Plague in India, 1896, 1897 - Volume 3
Year: 1896
Disease focus: Plague
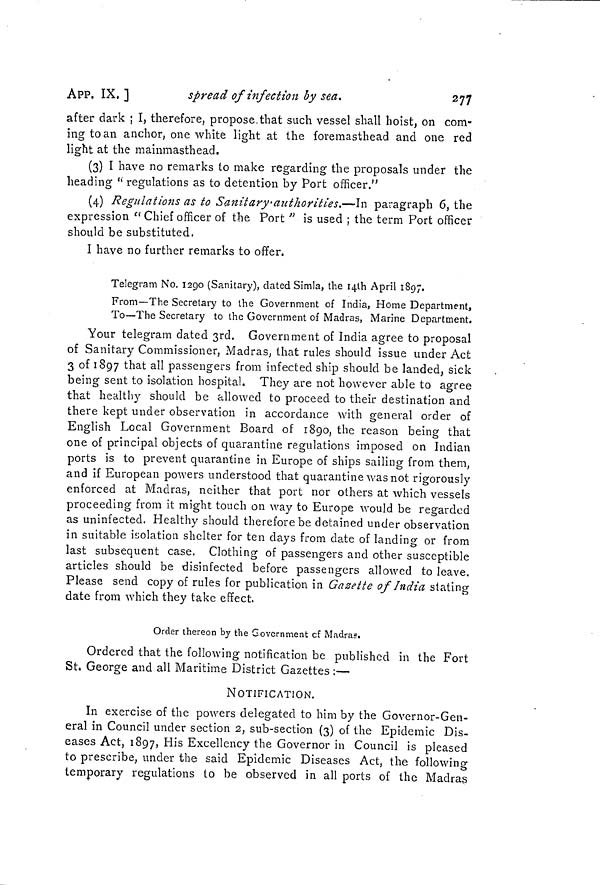
APP. IX.]
spread of infection ly sea.
277
after dark ; I, therefore, propose.that such vessel shall hoist, on com-
ing to an anchor, one white light at the foremasthead and one red
light at the mainmasthead.
(3) I have no remarks to make regarding the proposals under the
heading " regulations as to detention by Port officer."
(4) Regulations as to Sanitary authorities.—In paragraph 6, the
expression " Chief officer of the Port " is used ; the term Port officer
should be substituted.
I have no further remarks to offer.
Telegram No. 1290 (Sanitary), dated Simla, the 14th April 1897.
From—The Secretary to the Government of India, Home Department,
To—The Secretary to the Government of Madras, Marine Department.
Your telegram dated 3rd. Government of India agree to proposal
of Sanitary Commissioner, Madras, that rules should issue under Act
3 of 1897 tha t all passengers from infected ship should be landed, sick
being sent to isolation hospital. They are not however able to agree
that healthy should be allowed to proceed to their destination and
there kept under observation in accordance with general order of
English Local Government Board of 1890, the reason being that
one of principal objects of quarantine regulations imposed on Indian
ports is to prevent quarantine in Europe of ships sailing from them,
and if European powers understood that quarantine was not rigorously
enforced at Madras, neither that port nor others at which vessels
proceeding from it might touch on way to Europe would be regarded
as uninfected. Healthy should therefore be detained under observation
in suitable isolation shelter for ten days from date of landing or from
last subsequent case. Clothing of passengers and other susceptible
articles should be disinfected before passengers allowed to leave.
Please send copy of rules for publication in Gazette of India stating
date from which they take effect.
Order thereon by the Government cf Madras.
Ordered that the following notification be published in the Fort
St. George and all Maritime District Gazettes :—
NOTIFICATION.
In exercise of the powers delegated to him by the Governor-Gen-
eral in Council under section 2, sub-section (3) of the Epidemic Dis-
eases Act, 1897, His Excellency the Governor in Council is pleased
to prescribe, under the said Epidemic Diseases Act, the following
temporary regulations to be observed in all ports of the Madras